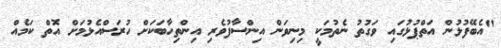
"އެބޭފުޅުން އަތްޕުޅުގައި ވަގުތު ނެތުމަކީ މިނިވަން އިންސާފުވެރި އިންތިހާބަކަށް ހުރަސްއެޅުމަށް އޮތް ކަމެއް